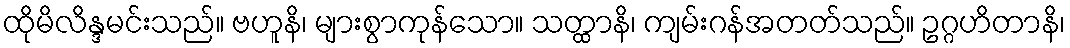
ထိုမိလိန္ဒမင်းသည်။ ဗဟူနိ၊ များစွာကုန်သော။ သတ္ထာနိ၊ ကျမ်းဂန်အတတ်သည်။ ဥဂ္ဂဟိတာနိ၊